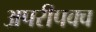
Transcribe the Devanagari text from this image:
अपरीपक्व